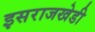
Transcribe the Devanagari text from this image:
इसराजखेडी